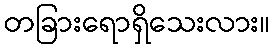
တခြားရောရှိသေးလား။